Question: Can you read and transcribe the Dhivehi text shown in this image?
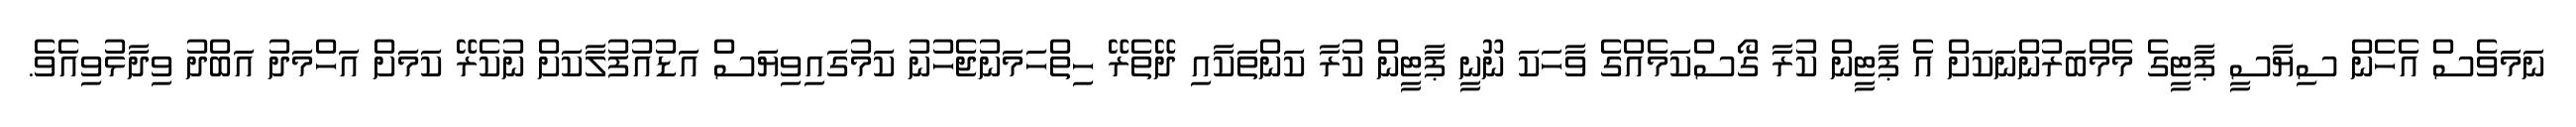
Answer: ނަމަވެސް އެހެން ސިޔާސީ ޕާޓީގެ މެމްބަރުންނަކަށް އެ ޕާޓީން ކުރާ ގޯސްކަމެއްގެ ވާހަކަ ނޫނީ ޕާޓީން ކުރާ ކަންތަކާއި ދޭތެރޭ ހިތްހަމަނުޖެހުނު ކަމުގައިވިޔަސް އަޑުއުފުލާކަށް ނުކެރޭ ކަމަށް އަހްމަދު އަބްދު ވިދާޅުވިއެވެ.